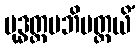
ဗုဒ္ဓတ္တမဘိပတ္ထယိံ